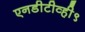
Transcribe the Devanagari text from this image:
एनडीटीव्ही९